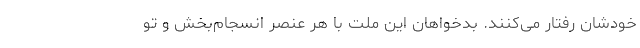
خودشان رفتار می‌کنند. بدخواهان این ملت با هر عنصر انسجام‌بخش و تو